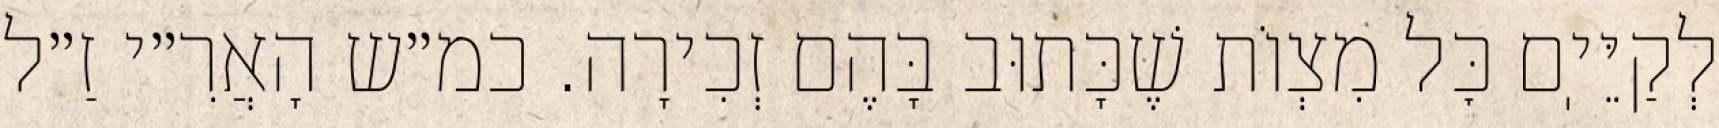
לְקַיֵּיֽם כׇּל מִצְוֹת שֶׁכָּתוּב בָּהֶם זְכִירָה. כמ״ש הָאֲרִ״י זַ״ל